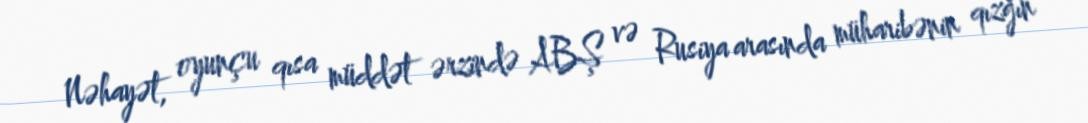
Nəhayət, oyunçu qısa müddət ərzində ABŞ və Rusiya arasında müharibənin qızğın